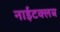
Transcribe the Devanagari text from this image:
नाईटक्लब